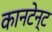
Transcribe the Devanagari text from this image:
कानटेन्‍ट